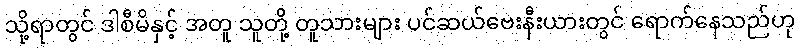
သို့ရာတွင် ဒါစီမိနှင့် အတူ သူတို့ တူသားများ ပင်ဆယ်ဗေးနီးယားတွင် ရောက်နေသည်ဟု